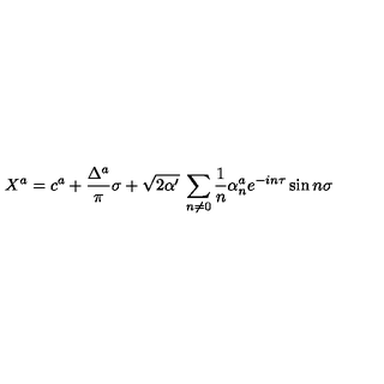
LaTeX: X ^ { a } = c ^ { a } + \frac { \Delta ^ { a } } { \pi } \sigma + \sqrt { 2 \alpha ^ { \prime } } \: \sum _ { n \neq 0 } \frac { 1 } { n } \alpha _ { n } ^ { a } e ^ { - i n \tau } \sin n \sigma